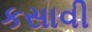
કસાવી